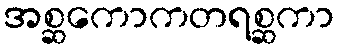
အစ္ဆကောကတရစ္ဆကာ